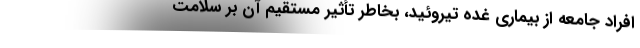
افراد جامعه از بیماری غده تیروئید، بخاطر تأثیر مستقیم آن بر سلامت